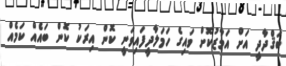
ބަޤްދާދީ އަށް އަމާޒުކޮށް ވައިގެ ހަމަލާދީފައިވަނީ ކޮން އިރަކު ކޮން ބައެއް ކަމެއް